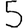
Digit: 5